Report on horse surra - Volume II, Part II
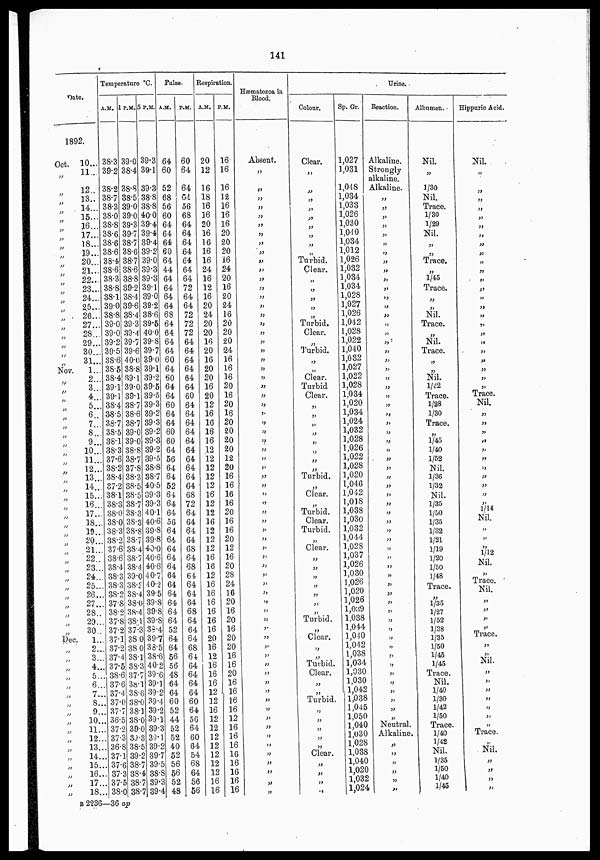
141
Date.
1892.
Oct.
„
„
„
„
„
„
„
„
„
„
„
„
„
„
„
„
„
„
„
„
„
Nov.
„
„
„
„
„
„
„
„
„
„
„
„
„
„
„
„
„
„
„
„
„
„
„
„
„
„
„
„
Dec
„
„
„
„
„
„
„
„
„
„
„
„
„
„
„
„
10...
11...
12..
13..
14...
15...
16...
17...
18...
19...
20...
21...
22...
23...
24..
25..
26..
27..
28..
29..
30..
31..
1..
2..
3..
4..
5..
6..
7..
8..
9..
10..
11..
12..
13..
14..
15..
16.
17.
18.
19.
20.
21.
22.
23.
24.
25.
26.
27.
28.
29.
30.
1...
2...
3...
4...
5...
6...
7...
8...
9...
10...
11...
12...
13...
14...
15...
16...
17...
18...
Temperature °C.
A.M.
38.3
39.2
38.2
38.7
38.3
38.0
38.8
38.6
38.6
38.6
38.4
38.6
38.3
38.8
38.1
39.0
38.8
39.6
39.0
39.2
39.5
38.6
38.5
38.4
39.1
39.1
38.4
38.5
38.7
38.5
38.1
38.3
37.6
38.2
38.4
37.2
38.1
38.3
38.0
38.0
38.3
38.2
37.6
38.6
38.4
38.3
38.3
38.2
37.8
38.2
37.8
37.2
37.1
37.2
37.4
37.5
38.6
37.6
37.4
37.0
37.7
36.5
37.2
37.3
36.8
37.1
37.6
37.3
37.5
38.0
1 P.M.
39.0
38.4
38.8
38.5
39.0
39.0
39.3
39.7
38.7
38.6
38.7
38.6
38.8
39.2
38.4
39.6
38.4
39.3
39.4
39.7
39.6
40.0
38.8
39.1
39.0
39.1
38.7
38.6
38.7
39.0
39.0
38.8
38.7
37.8
38.3
38.5
38.5
38.7
38.3
38.3
38.8
38.7
38.4
38.7
38.4
39.0
38.2
38.4
38.0
38.4
38.1
37.3
38.0
38.0
38.1
38.3
37.7
38.1
38.6
38.0
38.1
38.0
39.0
39.3
38.5
39.2
38.7
38.4
38.7
38.7
5 P.M.
39.3
39.1
39.3
38.8
38.8
40.0
39.4
39.4
39.4
39.2
39.0
39.3
39.3
39.1
39.0
39.2
38.6
39.5
40.0
39.8
39.7
39.0
39.1
39.2
39.5
39.5
39.3
39.2
39.3
39.2
39.3
39.2
39.5
38.8
38.7
40.5
39.3
39.3
40.1
40.6
39.8
39.8
40.0
40.6
40.6
40.7
40.2
39.5
39.8
39.8
39.8
39.4
39.7
38.5
38.6
40.2
39.6
39.1
39.2
39.4
39.2
39.1
39.3
39.1
39.2
39.7
39.5
38.8
39.3
39.4
Pulse.
A.M.
64
60
52
68
56
60
64
64
64
60
64
44
64
64
64
64
68
64
64
64
64
60
64
60
64
64
60
64
64
60
60
64
56
64
64
52
64
64
64
56
64
64
64
64
64
64
64
64
64
64
64
52
64
64
56
56
48
64
64
60
52
44
52
52
40
52
56
56
52
48
P.M.
60
64
64
54
56
68
64
64
64
64
64
64
64
72
64
64
72
72
72
64
64
64
64
64
64
60
64
64
64
64
64
64
64
64
64
64
68
72
64
64
64
64
68
64
68
64
64
64
64
68
64
64
64
68
64
64
64
64
64
60
64
56
64
60
64
54
68
64
56
56
Respiration.
A.M.
20
12
16
18
16
16
20
16
16
16
16
24
16
12
16
20
24
20
20
16
20
16
20
20
16
20
12
16
16
16
16
12
12
12
12
12
16
12
12
16
12
12
12
16
16
12
16
16
16
16
16
16
20
16
12
16
16
16
12
12
16
12
12
12
12
12
12
12
16
16
P.M.
16
16
16
12
16
16
16
20
20
20
16
24
20
16
20
24
16
20
20
20
24
16
16
16
20
16
20
16
20
20
20
20
12
20
16
16
16
16
20
16
16
20
12
16
20
28
24
16
20
16
20
16
20
20
16
16
20
16
16
16
16
12
16
16
16
16
16
16
16
16
Hæmatozoa in
Blood.
Absent.
„
„
„
„
„
„
„
„
„
„
„
„
„
„
„
„
„
„
„
„
„
„
„
„
„
„
„
„
„
„
„
„
„
„
„
„
„
„
„
„
„
„
„
„
„
„
„
„
„
„
„
„
„
„
„
„
„
„
„
„
„
„
„
„
„
„
„
„
„
Colour.
Clear.
„
„
„
„
„
„
„
„
„
Turbid.
Clear.
„
„
„
„
„
Turbid.
Clear.
„
Turbid.
„
„
Clear.
Turbid
Clear.
„
„
„
„
„
„
„
„
Turbid.
„
Clear.
„
Turbid.
Clear.
Turbid.
„
Clear.
„
„
„
„
„
„
„
Turbid.
„
Clear.
„
„
Turbid.
Clear.
„
„
Turbid
„
„
„
„
„
Clear.
„
„
„
„
Sp. Gr.
1,027
1,031
1,048
1,034
1,033
1,026
1,030
1,040
1,034
1,012
1,026
1,032
1,034
1,034
1,028
1,027
1,026
1,042
1,028
1,022
1,040
1,032
1,027
1,022
1,028
1,034
1,020
1,034
1,024
1,032
1,028
1,026
1,022
1,028
1,020
1,046
1,042
1,018
1,038
1,030
1,032
1,044
1,028
1,037
1,026
1,030
1,026
1,020
1,026
1,039
1,038
1,044
1,040
1,042
1,038
1,034
1,030
1,030
1,042
1,038
1,045
1,050
1,040
1,030
1,028
1,038
1,040
1,020
1,032
1,024
Urine.
Reaction.
Alkaline.
Strongly
alkaline.
Alkaline.
„
„
„
„
„
„
„
„
„
„
„
„
„
„
„
„
„
„
„
„
„
„
„
„
„
„
„
„
„
„
„
„
„
„
„
„
„
„
„
„
„
„
„
„
„
„
„
„
„
„
„
„
„
„
„
„
„
„
„
„ Neutral.
„ Alkaline.
„
„
„
„
„
„
Albumen.
Nil.
„
1/30
Nil.
Trace.
1/30
1/29
Nil.
„
„
Trace.
„
1/45
Trace.
„
„
Nil.
Trace.
„
Nil.
Trace.
„
„
Nil.
1/32
Trace.
1/28
1/30
Trace.
„
1/45
1/40
1/52
Nil.
1/36
1/32
Nil.
1/35
1/50
1/35
1/32
1/21
1/19
1/20
1/50
1/48
Trace.
„
1/35
1/27
1/52
1/38
1/35
1/50
1/45
1/45
Trace.
Nil.
1/40
1/30
1/42
1/50
Trace.
1/40
1/42
Nil.
1/35
1/50
1/40
1/45
Hippuric Acid.
Nil.
„
„
„
„
„
„
„
„
„
„
„
„
„
„
„
„
„
„
„
„
„
„
„
„
Trace.
Nil.
„
„
„
„
„
„
„
„
„
„
„
1/14
Nil.
„
„
„
1/12
Nil.
„
Trace.
Nil.
„
„
„
„
Trace.
„
„ Nil.
„
„
„
„
„
„
„
„
Trace.
Nil.
„
„
„
„
B 2236—36 ap